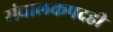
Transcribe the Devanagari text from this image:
संचालकपदही